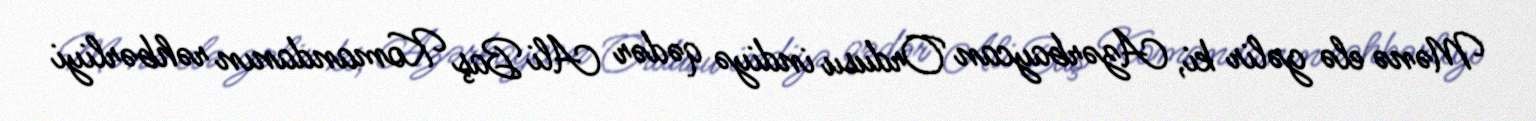
Mənə elə gəlir ki, Azərbaycan Ordusu indiyə qədər Ali Baş Komandanın rəhbərliyi